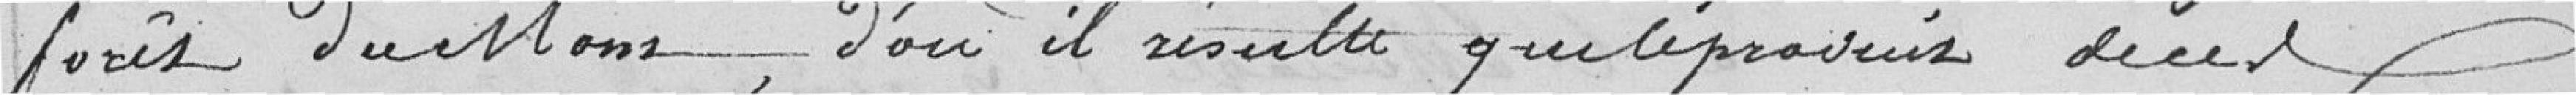
forêt du Mont, d'où il résulte que le produit de ces